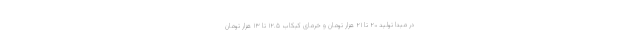
در مبدا تولید ۲۰ تا ۲۱ هزار تومان و خرمای کبکاب ۱۲.۵ تا ۱۳ هزار تومان